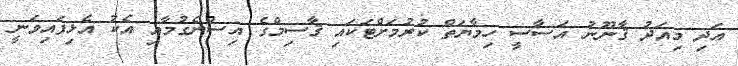
އަދި މިއަދު ޤާނޫނު އަސާސީ ހިމާޔަތް ކުރުމަށްޓަކައި ޤާސިމްގެ އިސްނެގުމާއި އެކު އެޅިފައިވަނީ